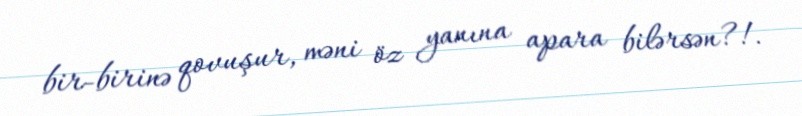
bir-birinə qovuşur, məni öz yanına apara bilərsən?!.